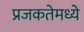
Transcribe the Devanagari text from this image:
प्रजकतेमध्ये